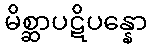
မိစ္ဆာပဋိပန္နော